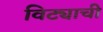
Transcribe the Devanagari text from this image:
विट्याची